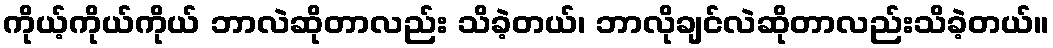
ကိုယ့်ကိုယ်ကိုယ် ဘာလဲဆိုတာလည်း သိခဲ့တယ်၊ ဘာလိုချင်လဲဆိုတာလည်းသိခဲ့တယ်။